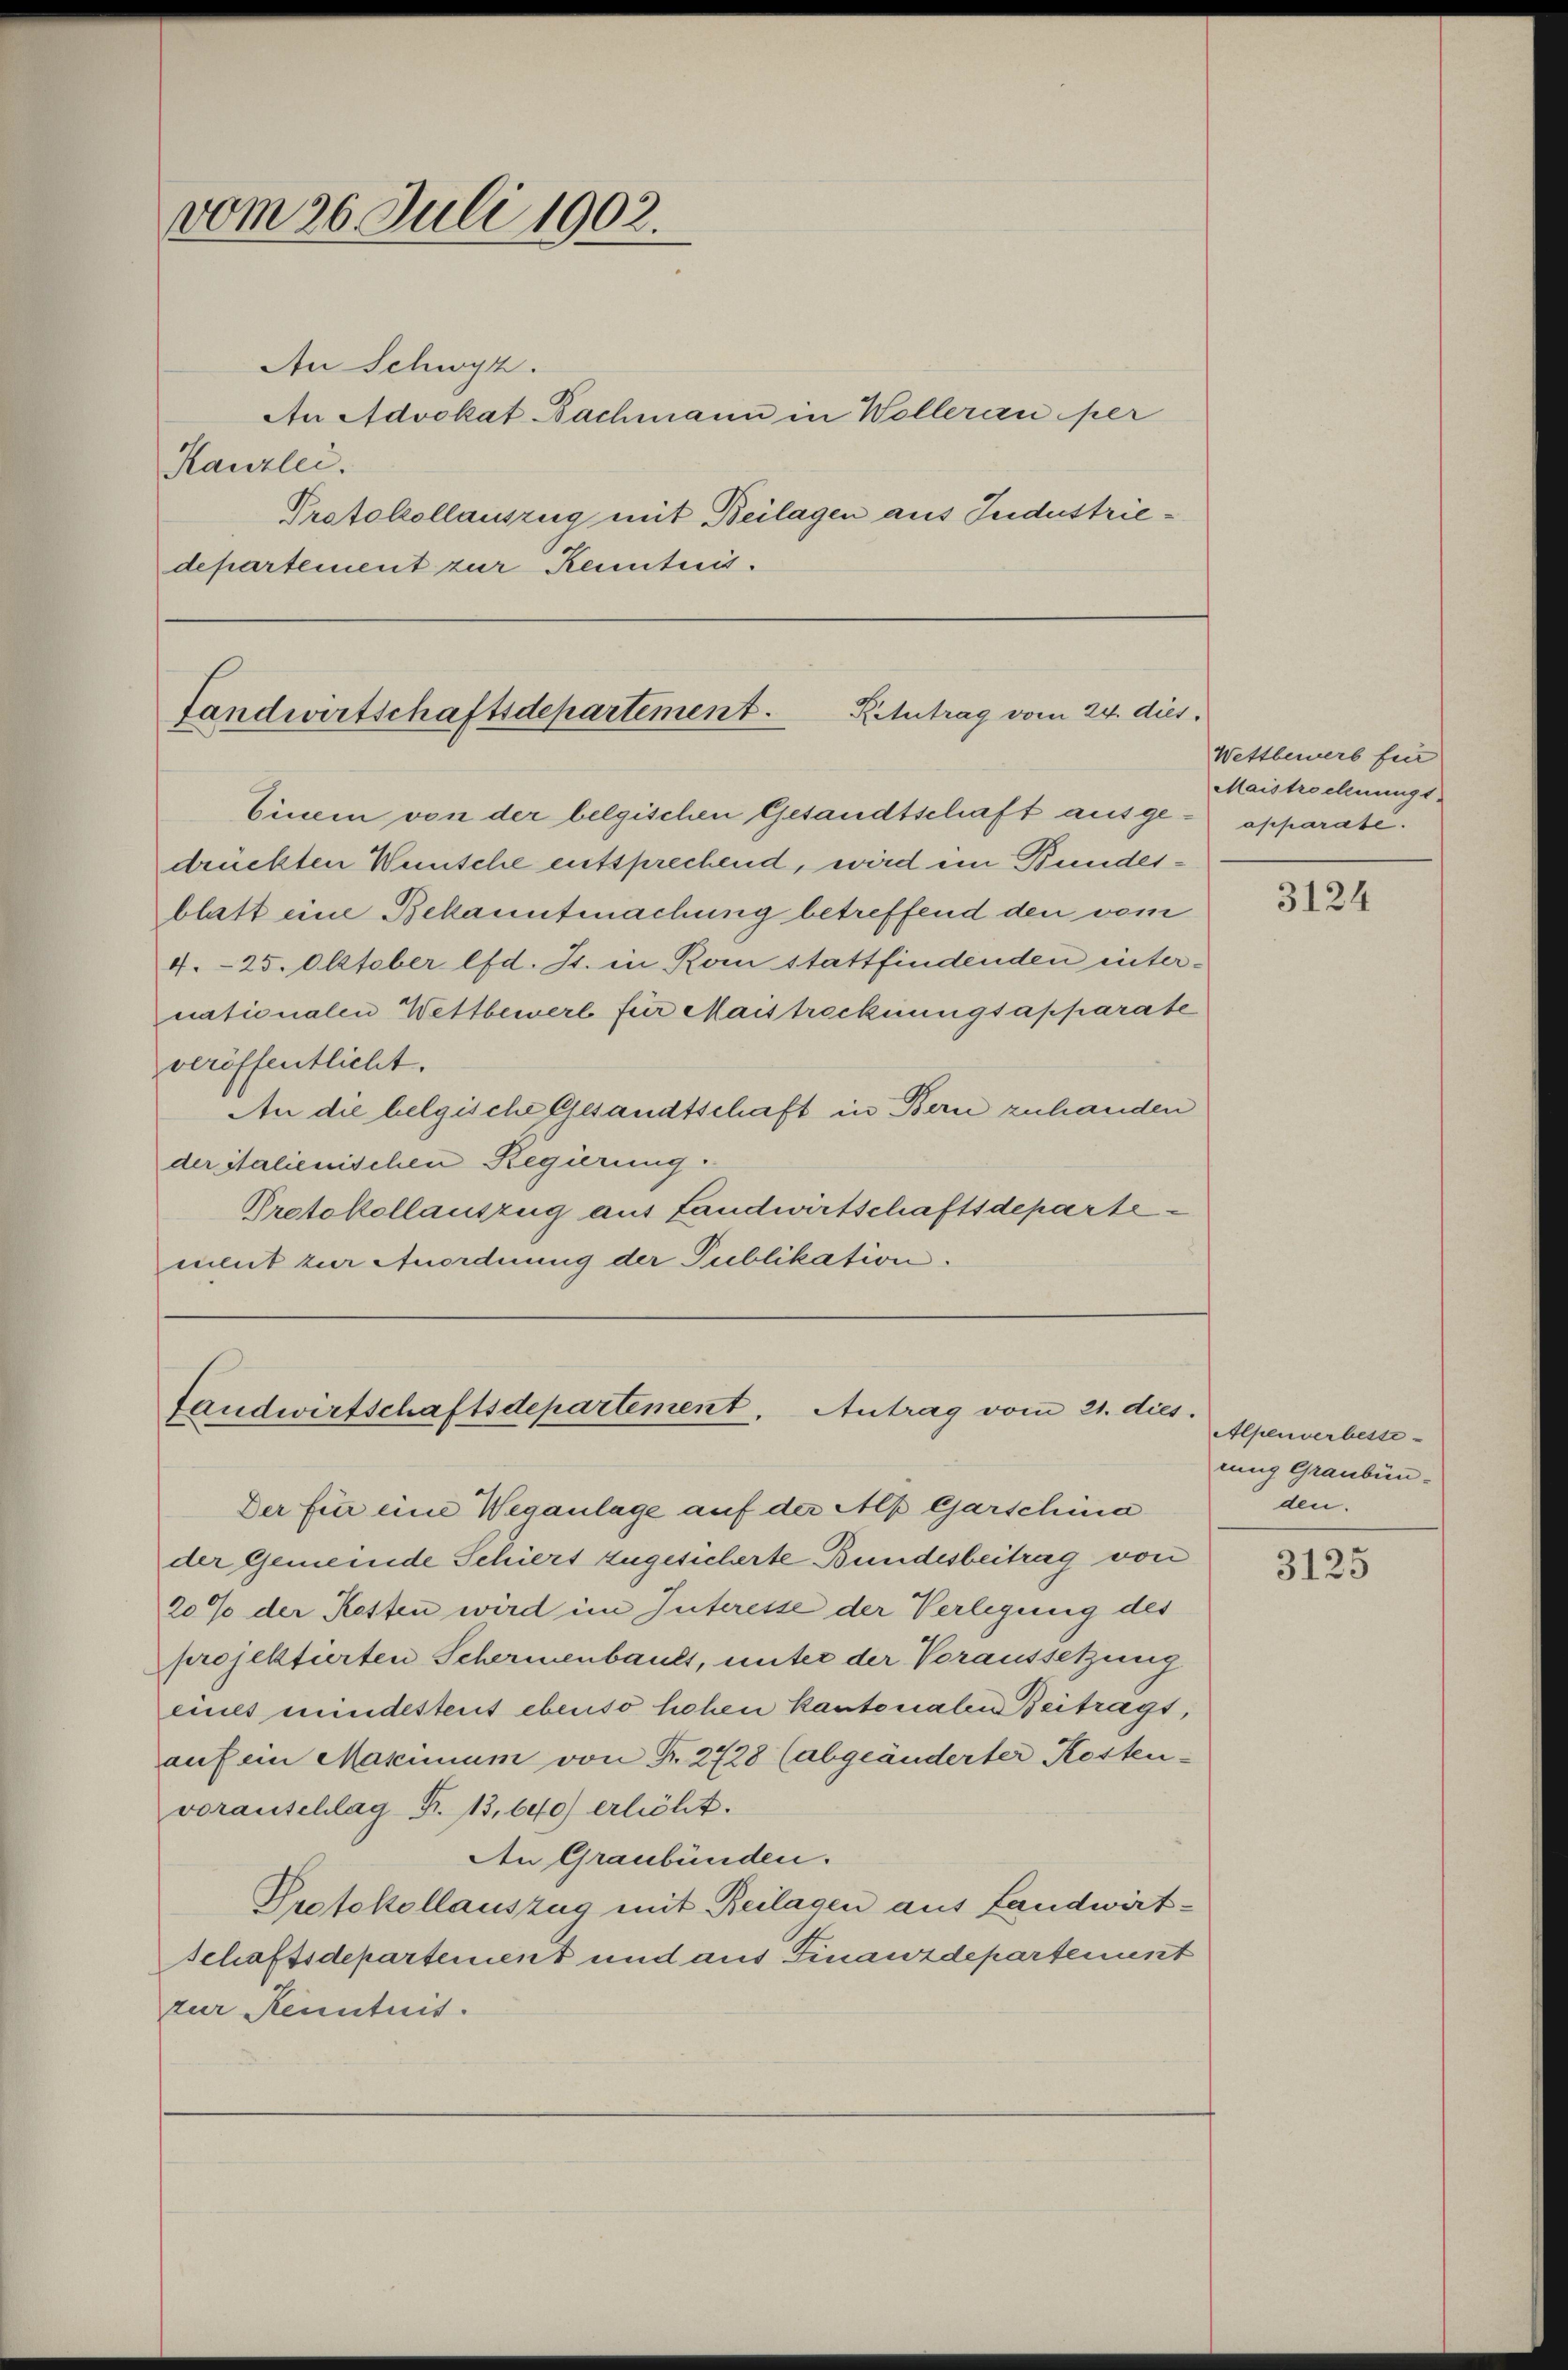
vom 26. Juli 1902.

An Schwyz.
Kanzlei.
departement zur Kenntnis.

An Advokat Bachmann in Wolleran per
Protokollauszug mit Beilagen aus Jndustrie¬

Retutrag vom 24. dies
Landwirtschaftsdepartement.

Einein von der belgischen Gesandtschaft ausge- apparate.
drückten Wünsche entsprechend, wird ein Bundesblatt eine Bekanntmachung betreffend den vom
4. 25. Oktober lfd. St. in Rom stattfindenden internationalen Wettbewere für Maistrocknungsapparate
veröffentlicht.
An die belgische Gesandtschaft in Bern zuhanden
der italienischen Regierung.
Protokollauszug aus Landwirtschaftsdepartement zur Anordnung der Publikation.

Landwirtschaftsdepartement. Antrag vom 21. dies.

Der für eine Weganlage auf der Alp Garschina
der Gemeinde Schiert zugesicherte Bundesbeitrag von
20% der Kosten wird im Interesse der Verlegung des
projektierten Schermenbault, unter der Voraussetzung
eines mindestent ebenso hohen kantonalen Beitragt,
auf ein Maximum von Fr. 2428 (abgeänderter Kosten-
voranschlag Fr. 13,640) erlicht.
Den Graubünden.
Protokollauszug mit Beilagen aus Landwirtschaftsdepartement und aus Finanzdepartenunt
zur Kenntnis.

Wettbewerb für
Maistrechnungs-

3124

Alpenverbesse
rung Graubünden.

3125